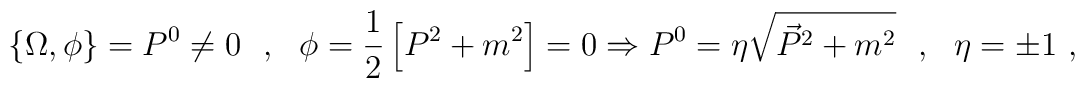
\{\Omega,\phi\}=P^0\neq 0\ \ ,\ \ \phi=\frac{1}{2}\left[P^2+m^2\right]=0\Rightarrow P^0=\eta\sqrt{\vec{P}^2+m^2}\ \ ,\ \ \eta=\pm 1\ ,